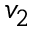
v _ { 2 }